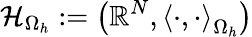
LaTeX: \mathcal{H}_{\Omega_{h}}:=\left(\mathbb{R}^{N},\left<\cdot,\cdot\right>_{\Omega_{h}}\right)